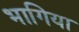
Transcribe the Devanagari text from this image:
भागिया